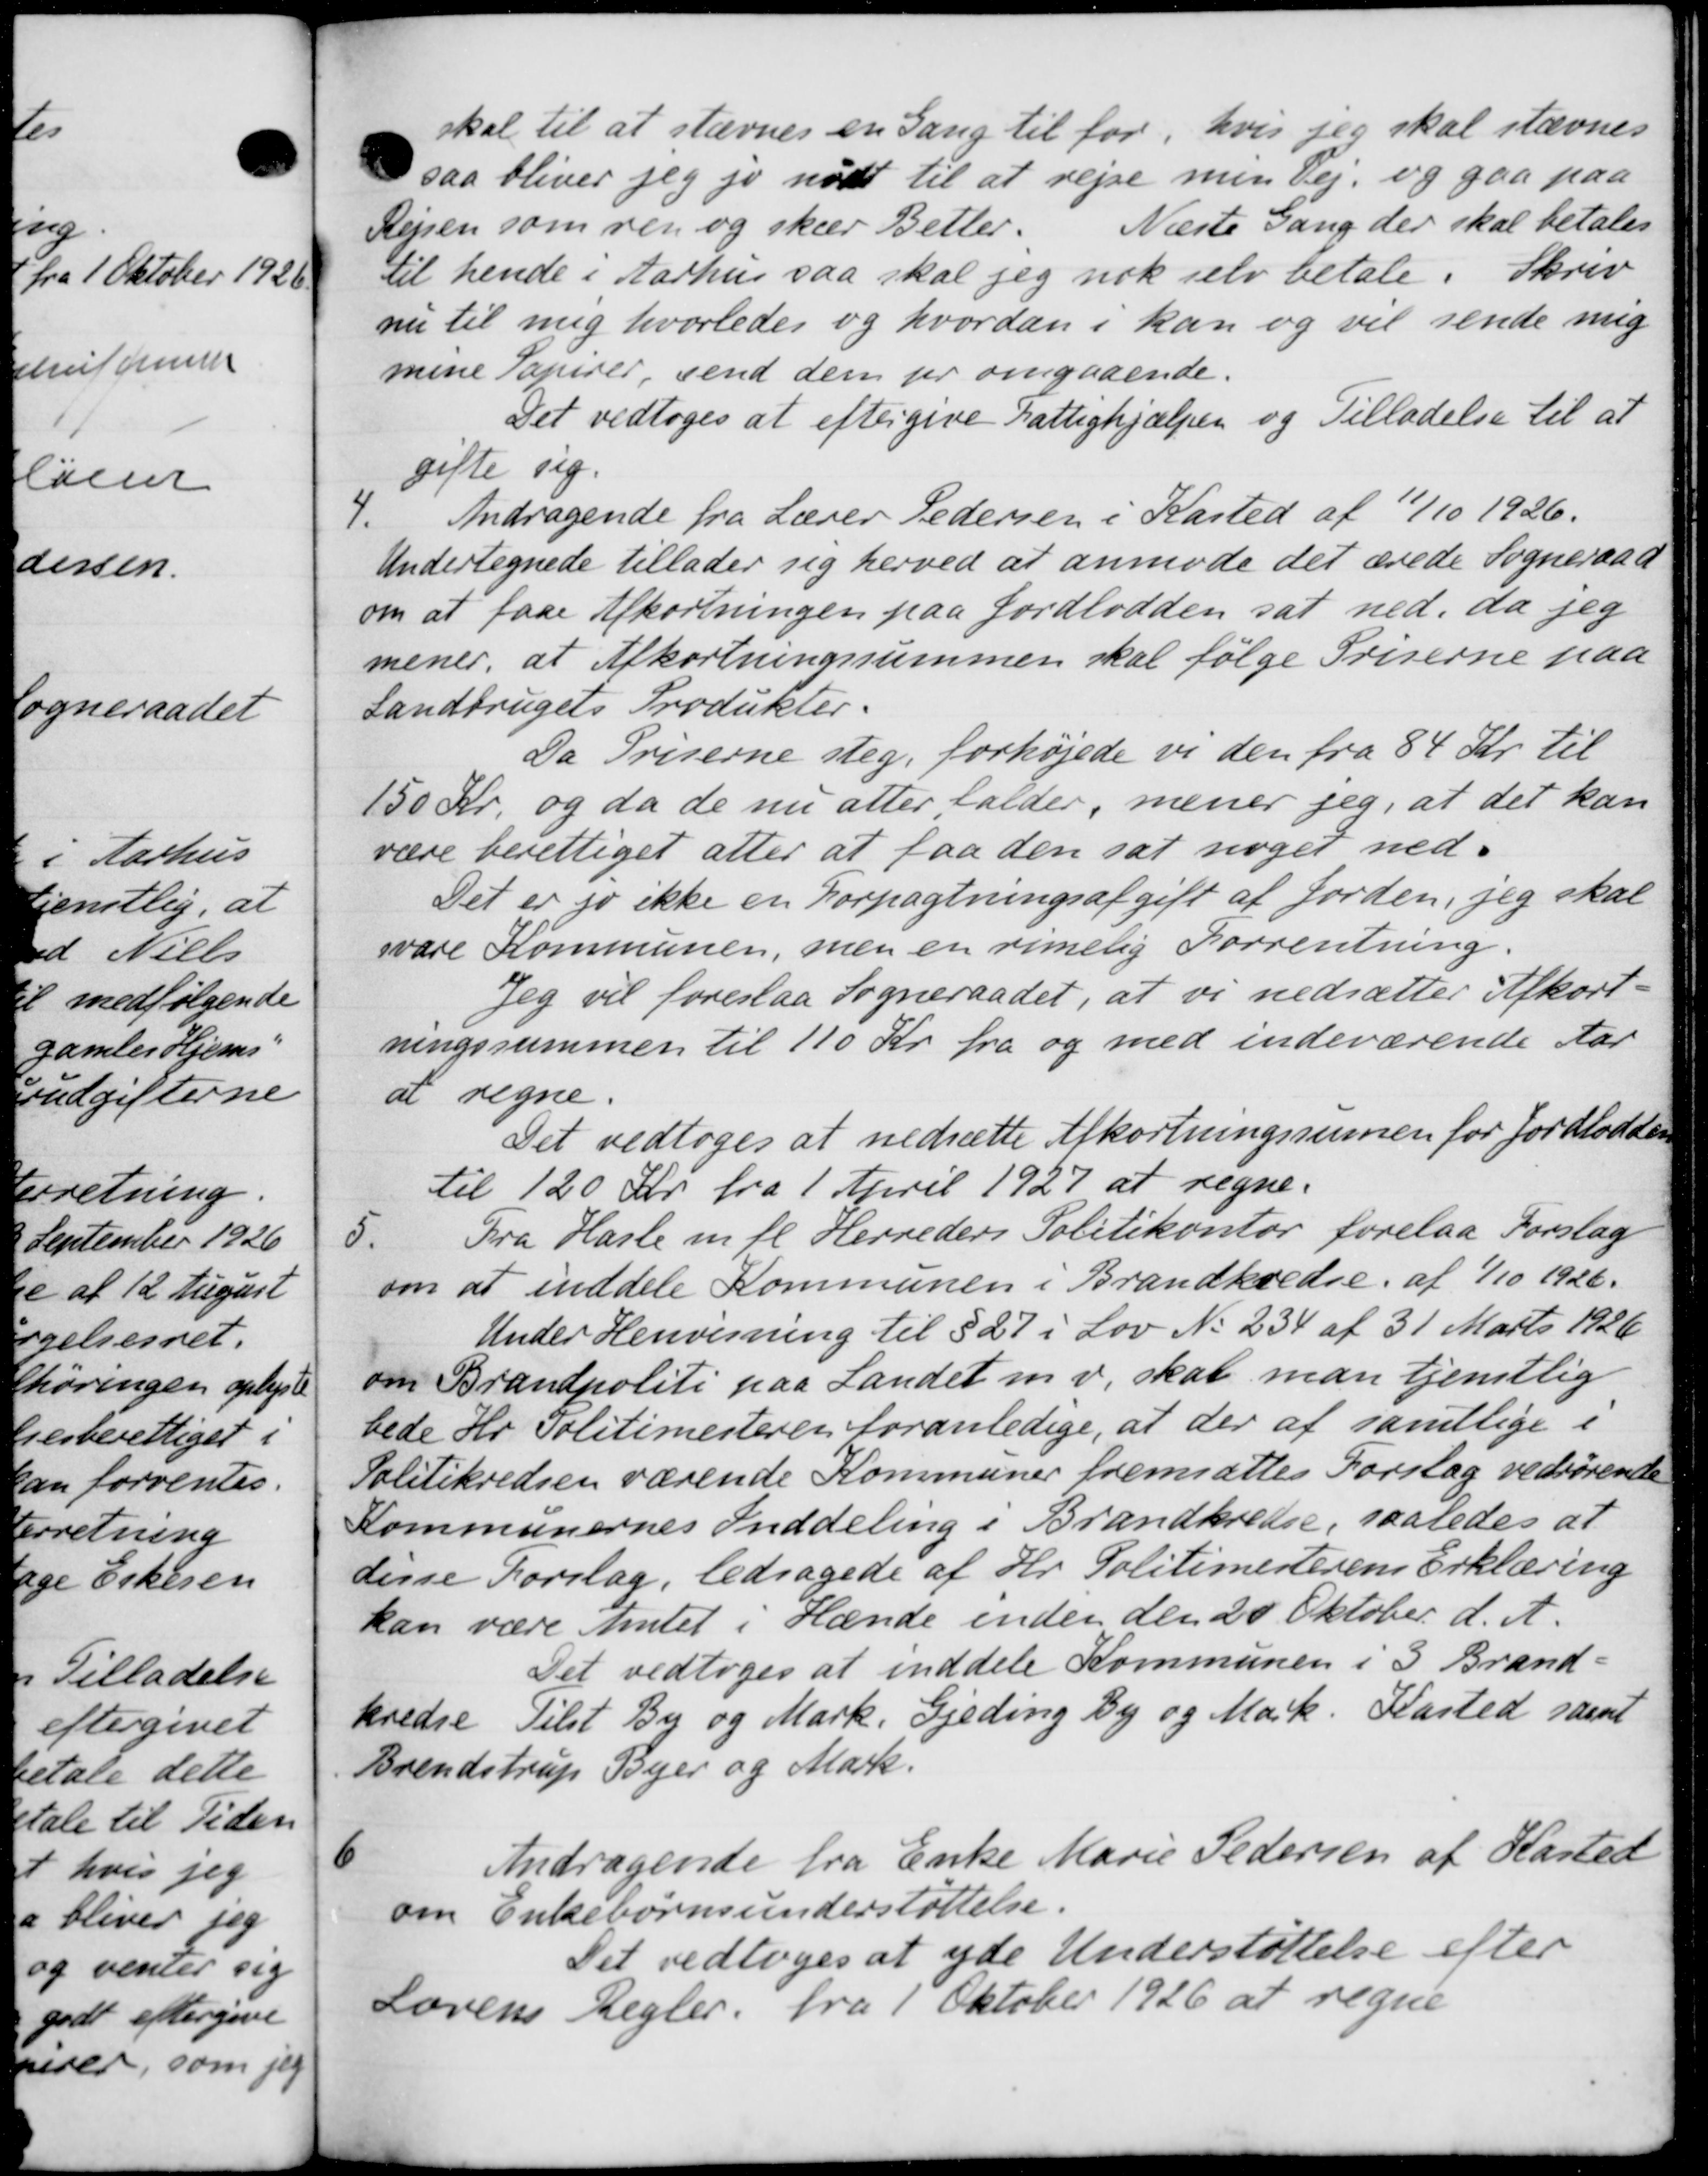
Transskription:
skal til at stævnes en Gang til for, hvis jeg skal stævnes
saa bliver jeg jo nødt til at rejse men Vej og gaa paa
Rejsen som vej og skær Better. Næste Gang der skal betales
til hende i Aarhus saa skal jeg nok selv betale i Skriv
nu til mig hvorledes og hvordan i kan og vil sende mig
mene Papirer, send dem pr omgaaende.
Det vedtoges at eftergive Fattighjælpen og Tilladelse til at
gifte sig.
4.
Andragende fra Lærer Pedersen i Kasted af 11/10 1926.
Undertegnede tillader sig herved at anmode det ærede Sogneraad
om at faae Afkortningen paa Jordlodden sat ned, da jeg
mener, at Afkortningssummen skal følge Priserne paa
Landbrugets Produkter.
Da Priserne steg, forhøjede vi den fra 84 Kr. til
150 Kr. og da de nu atter falder, mener jeg, at det kan
være berettiget atter at faa den sat noget ned-
Det er jo ikke en Forpagtningsafgift af Jorden, jeg skal
svare Kommunen, men en rimelig Forrentning.
Jeg vil foreslaa Sogneraadet, at vi nedsætter Afkort-
ningssummen til 110 Kr. fra og med indeværende Aar
at regne.
Det vedtoges at nedsætte Afkortningssumen for Jordlodden
til 120 Kr. fra 1 April 1927 at regne.
5.
Fra Hasle m. fl. Herreders Politikontor forelaa Forslag
om at inddele Kommunen i Brandkredse. af 1/10 1926.
Under Henvisning til § 27 i Lov No 234 af 31 Marts 1926
om Brandpoliti paa Landet m.v., skal man tjenstlig
bede Hr. Politimesteren foranledige, at der af samtlige i
Politikredsen værende Kommuner fremsættes Forslag vedrørende
Kommunernes Inddeling i Brandkredse, saaledes at
disse Forslag, ledsagede af Hr. Politimesterens Erklæring
kan være Amtet i Hænde inden den 20 Oktober d. A.
Det vedtoges at inddele Kommunen i 3 Brand-
kredse Tilst By og Mark. Gjeding By og Mark. Kasted samt
Brendstrup Byer og Mark.
6
Andragende fra Enke Marie Pedersen af Hasted
om Enkebørnsunderstøttelse.
Det vedtoges at yde Understøttelse efter
Lovens Regler fra 1 Oktober 1926 at regne